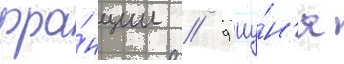
фра́нции // 9 иу́н'я